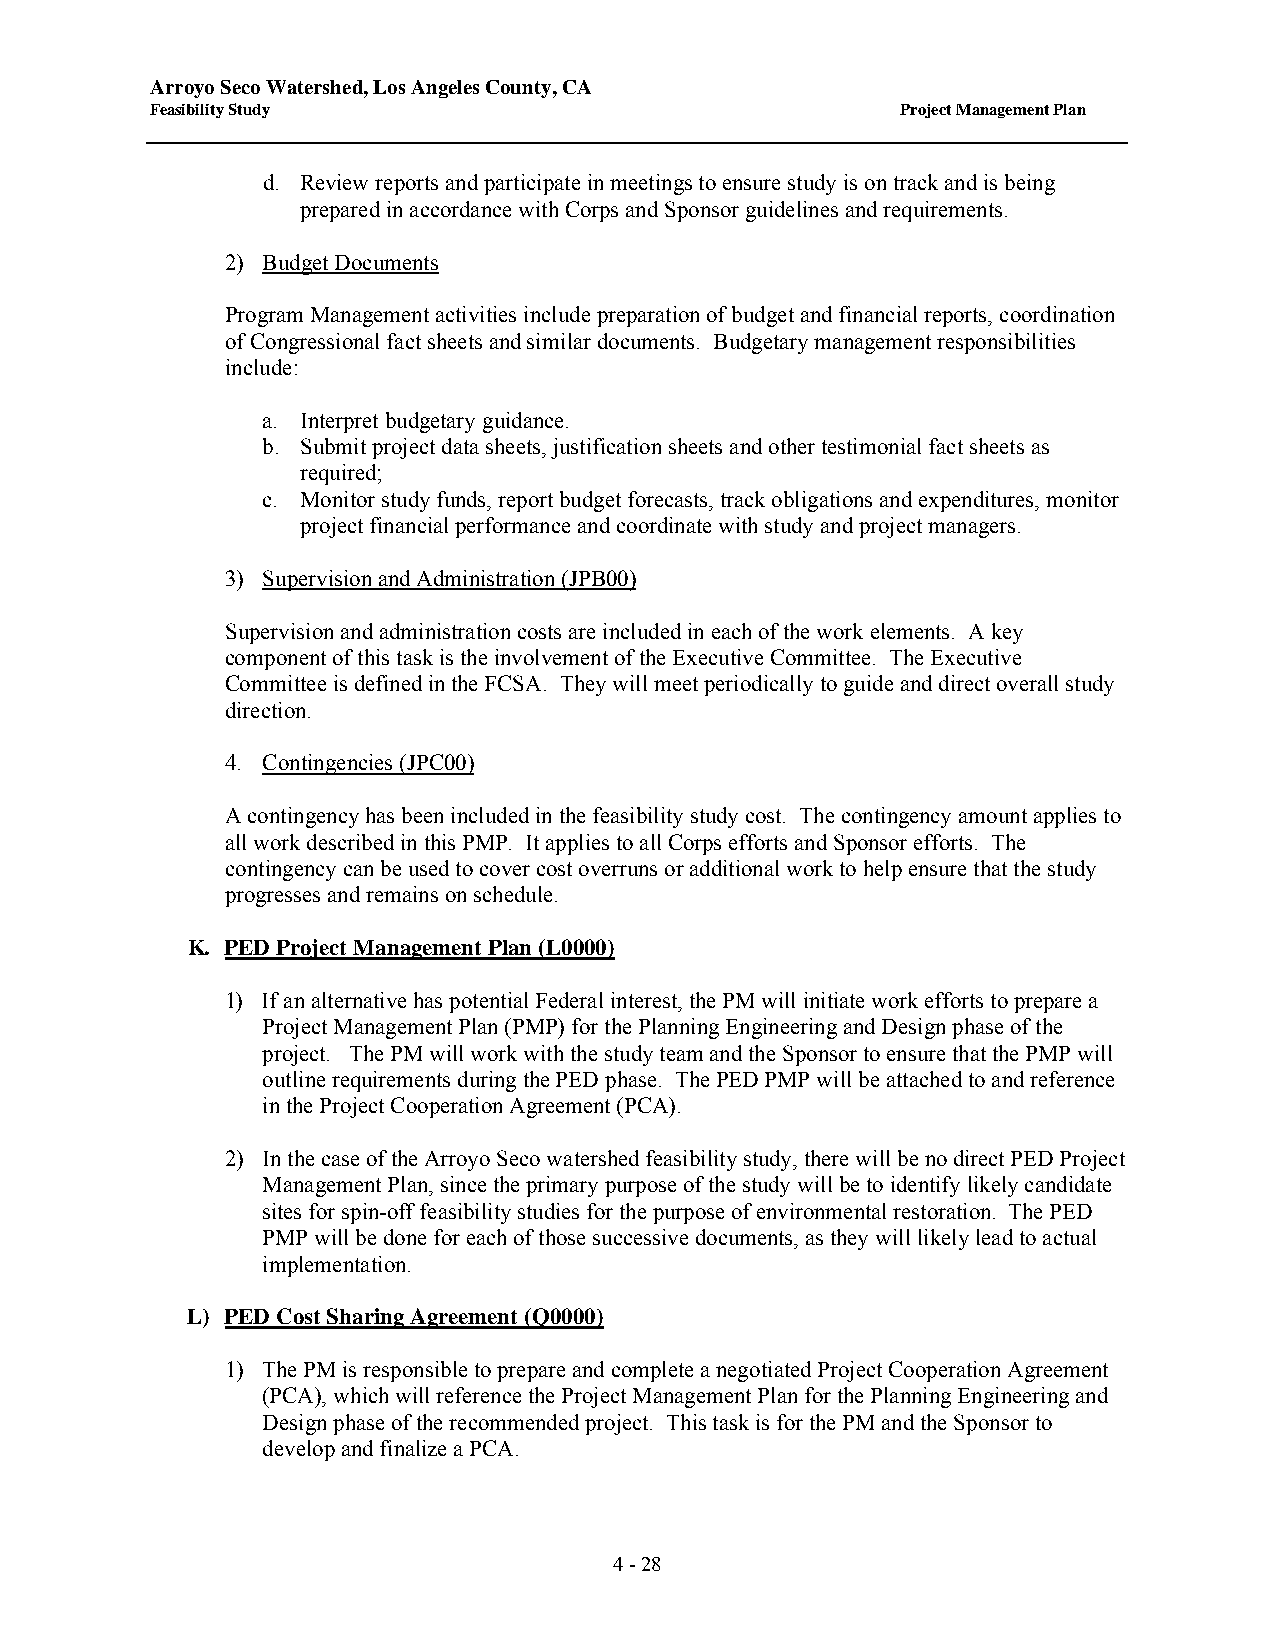
Arroyo Seco Watershed, Los Angeles County, CA
 Feasibility Study                                 Project Management Plan
 d. Review reports and participate in meetings to ensure study is on track and is being
 prepared in accordance with Corps and Sponsor guidelines and requirements.
 2) Budget Documents
 Program Management activities include preparation of budget and financial reports, coordination
 of Congressional fact sheets and similar documents. Budgetary management responsibilities
 include:
 a. Interpret budgetary guidance.
 b. Submit project data sheets, justification sheets and other testimonial fact sheets as
 required;
 c. Monitor study funds, report budget forecasts, track obligations and expenditures, monitor
 project financial performance and coordinate with study and project managers.
 3) Supervision and Administration (JPB00)
 Supervision and administration costs are included in each of the work elements. A key
 component of this task is the involvement of the Executive Committee. The Executive
 Committee is defined in the FCSA. They will meet periodically to guide and direct overall study
 direction.
 4. Contingencies (JPC00)
 A contingency has been included in the feasibility study cost. The contingency amount applies to
 all work described in this PMP. It applies to all Corps efforts and Sponsor efforts. The
 contingency can be used to cover cost overruns or additional work to help ensure that the study
 progresses and remains on schedule.
 K. PED Project Management Plan (L0000)
 1) If an alternative has potential Federal interest, the PM will initiate work efforts to prepare a
 Project Management Plan (PMP) for the Planning Engineering and Design phase of the
 project. The PM will work with the study team and the Sponsor to ensure that the PMP will
 outline requirements during the PED phase. The PED PMP will be attached to and reference
 in the Project Cooperation Agreement (PCA).
 2) In the case of the Arroyo Seco watershed feasibility study, there will be no direct PED Project
 Management Plan, since the primary purpose of the study will be to identify likely candidate
 sites for spin-off feasibility studies for the purpose of environmental restoration. The PED
 PMP will be done for each of those successive documents, as they will likely lead to actual
 implementation.
 L) PED Cost Sharing Agreement (Q0000)
 1) The PM is responsible to prepare and complete a negotiated Project Cooperation Agreement
 (PCA), which will reference the Project Management Plan for the Planning Engineering and
 Design phase of the recommended project. This task is for the PM and the Sponsor to
 develop and finalize a PCA.
 4 - 28